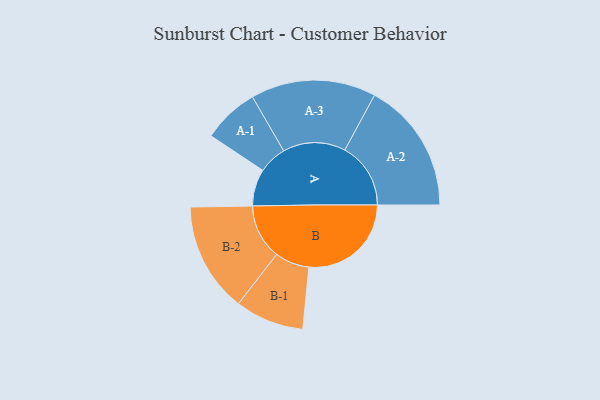
{"axis": {"x": "Segment", "y": "Value"}, "legend": ["", "A", "B"], "data": [{"x": "A", "y": 148, "type": ""}, {"x": "B", "y": 410, "type": ""}, {"x": "A-1", "y": 113, "type": "A"}, {"x": "A-2", "y": 264, "type": "A"}, {"x": "A-3", "y": 251, "type": "A"}, {"x": "B-1", "y": 138, "type": "B"}, {"x": "B-2", "y": 220, "type": "B"}]}